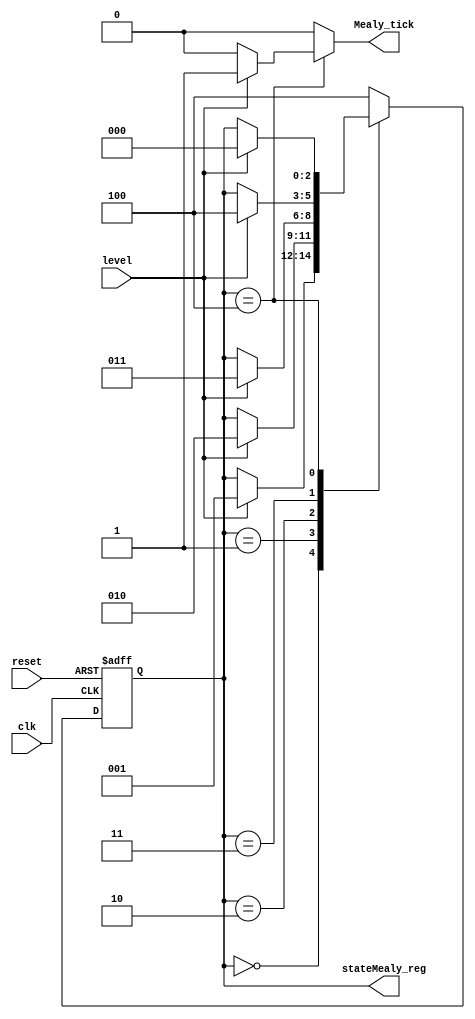
// edgeDetector.v
// Moore and Mealy Implementation

module FSM
(
    input wire clk, reset, 
    input wire level, 
    output reg Mealy_tick,
	 output reg [2:0] stateMealy_reg
);
reg Moore_tick;

localparam  [3:0] // 5 states are required for Mealy
    zeroMealy =  3'd0,
    oneMealy =   3'd1,
	 twoMealy =   3'd2,
    threeMealy = 3'd3,
	 fourMealy =  3'd4,
    fiveMealy =  3'd5,
	 sixMealy =   3'd6,
    sevenMealy = 3'd7;
    
localparam  [3:0] // 5 states are required for Moore
    zeroMoore =  3'd0,
    oneMoore =   3'd1,
	 twoMoore =   3'd2,
    threeMoore = 3'd3,
	 fourMoore =  3'd4,
    fiveMoore =  3'd5,
	 sixMoore =   3'd6,
    sevenMoore = 3'd7;

reg [2:0] stateMealy_next; //consistent with length defined previously
reg[2:0] stateMoore_reg, stateMoore_next;

always @(posedge clk, posedge reset)
begin
    if(reset) // go to state zero if rese
        begin
        stateMealy_reg <= zeroMealy;
        stateMoore_reg <= zeroMoore;
        end
    else // otherwise update the states
        begin
        stateMealy_reg <= stateMealy_next;
        stateMoore_reg <= stateMoore_next;
        end
end

// Mealy Design 
always @(stateMealy_reg, level)
begin
    // store current state as next
    stateMealy_next = stateMealy_reg; // required: when no case statement is satisfied
    
    Mealy_tick = 1'b0; // set tick to zero (so that 'tick = 1' is available for 1 cycle only)
    case(stateMealy_reg)
        zeroMealy: // set 'tick = 1' if state = zero and level = '1'
            if(level)  
                begin // if level is 1, then go to state one,
                    stateMealy_next = oneMealy; // otherwise remain in same state.
						  Mealy_tick = 1'b0;
                end
					 
        oneMealy: 
            if(level)  
                begin // if level is 1, then go to state one,
                    stateMealy_next = twoMealy; // otherwise remain in same state.
						  Mealy_tick = 1'b0;
					end
					 
		  twoMealy: // set 'tick = 1' if state = zero and level = '1'
            if(level)  
                begin // if level is 1, then go to state one,
                    stateMealy_next = threeMealy; // otherwise remain in same state.
						  Mealy_tick = 1'b0;
                end
					 
		  threeMealy: // set 'tick = 1' if state = zero and level = '1'
            if(level)  
                begin // if level is 1, then go to state one,
                    stateMealy_next = fourMealy; // otherwise remain in same state.
						  Mealy_tick = 1'b0;
                end
					 
		  fourMealy: // set 'tick = 1' if state = zero and level = '1'
            if(level)  
                begin // if level is 1, then go to state one,
                    stateMealy_next = zeroMealy; // otherwise remain in same state.
						  Mealy_tick = 1'b1;
                end
					 
			default
				begin // if level is 1, then go to state one,
                    stateMealy_next = fourMealy; // otherwise remain in same state.
						  //Mealy_tick = 1'b0;
                end
			
		
					 
					 
					 
    endcase
end

// Moore Design 
always @(stateMoore_reg, level)
begin
    // store current state as next
    stateMoore_next = stateMoore_reg; // required: when no case statement is satisfied
    
    Moore_tick = 1'b0; // set tick to zero (so that 'tick = 1' is available for 1 cycle only)
    case(stateMoore_reg)
	 
        zeroMoore: // if state is zero,
            begin
                Moore_tick = 1'b0; // set the tick to 1.
                if(level) // if level is 1, 
                    stateMoore_next = oneMoore; // go to state one,
                else    
                    stateMoore_next = zeroMoore; // else go to state zero.
            end
				
        oneMoore:
            begin
                Moore_tick = 1'b0; // set the tick to 1.
                if(level) // if level is 1, 
                    stateMoore_next = twoMoore; // go to state one,
                else    
                    stateMoore_next = zeroMoore; // else go to state zero.
            end
				
			twoMoore:
            begin
                Moore_tick = 1'b0; // set the tick to 1.
                if(level) // if level is 1, 
                    stateMoore_next = threeMoore; // go to state one,
                else    
                    stateMoore_next = zeroMoore; // else go to state zero.
            end
				
			threeMoore:
            begin
                Moore_tick = 1'b0; // set the tick to 1.
                if(level) // if level is 1, 
                    stateMoore_next = fourMoore; // go to state one,
                else    
                    stateMoore_next = zeroMoore; // else go to state zero.
            end
				
			fourMoore:
            begin
                Moore_tick = 1'b1; // set the tick to 1.
                if(level) // if level is 1, 
                    stateMoore_next = zeroMoore; // go to state one,
                else    
                    stateMoore_next = zeroMoore; // else go to state zero.
            end
				
			default
			
                stateMoore_next = zeroMoore; // then go to state zero.      
    endcase
end
endmodule